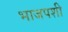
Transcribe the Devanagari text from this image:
भाजपशी